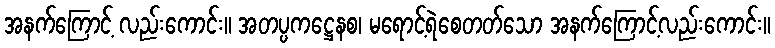
အနက်ကြောင့် လည်းကောင်း။ အတပ္ပကဋ္ဌေနစ၊ မရောင့်ရဲစေတတ်သော အနက်ကြောင့်လည်းကောင်း။